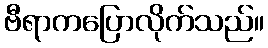
ဗီရာကပြောလိုက်သည်။